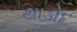
થાડોદ